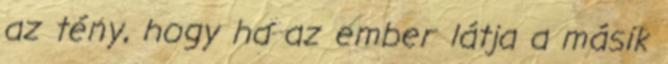
az tény, hogy ha az ember látja a másik